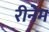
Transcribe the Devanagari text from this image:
रीनेम